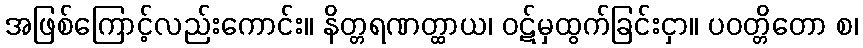
အဖြစ်ကြောင့်လည်းကောင်း။ နိတ္တရဏတ္ထာယ၊ ဝဋ်မှထွက်ခြင်းငှာ။ ပဝတ္တိတော စ၊